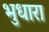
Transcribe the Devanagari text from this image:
भुधारा